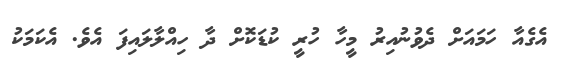
އެގެއާ ހަމައަށް ދެވުނުއިރު މީހާ ހުރީ ކުޑަކޮށް ދާ ހިއްލާލައިފަ އެވެ. އެކަމަކު